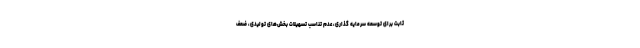
ثابت برای توسعه سرمایه گذاری، عدم تناسب تسهیلات بخش‌های تولیدی، ضعف